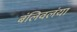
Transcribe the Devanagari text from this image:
बंलिवलंया